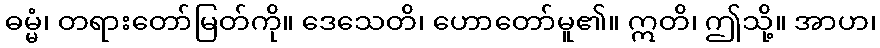
ဓမ္မံ၊ တရားတော်မြတ်ကို။ ဒေသေတိ၊ ဟောတော်မူ၏။ ဣတိ၊ ဤသို့။ အာဟ၊